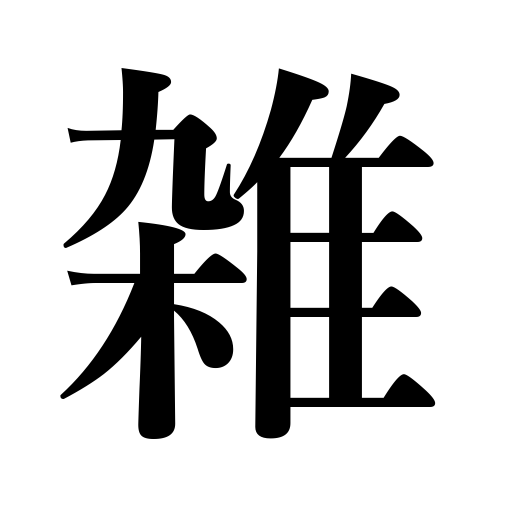
Meanings: miscellany,miscellaneous